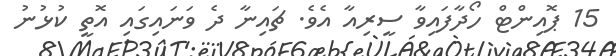
15 ޕޮއިންޓް ހޯދާފައިވާ ސީރިއާ އެވެ. ޗައިނާ ދެ ވަނައިގައި އޮތީ ކުޅުނު